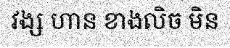
វង្ស ហាន ខាងលិច មិន